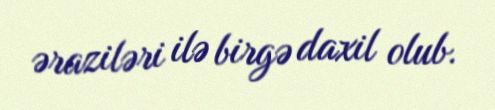
əraziləri ilə birgə daxil olub.